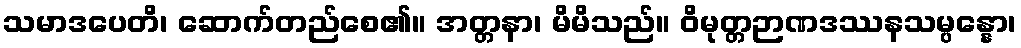
သမာဒပေတိ၊ ဆောက်တည်စေ၏။ အတ္တနာ၊ မိမိသည်။ ဝိမုတ္တဉာဏဒဿနသမ္ပန္နော၊